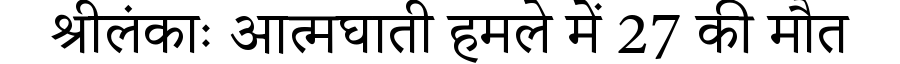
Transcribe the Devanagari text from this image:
श्रीलंकाः आत्मघाती हमले में 27 की मौत